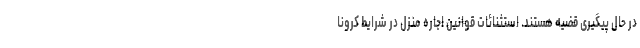
در حال پیگیری قضیه هستند. استثنائات قوانین اجاره منزل در شرایط کرونا